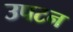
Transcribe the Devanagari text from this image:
उपटन